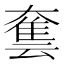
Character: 𡙿